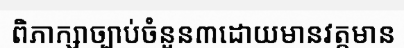
ពិភាក្សាច្បាប់ចំនួន៣ដោយមានវត្តមាន